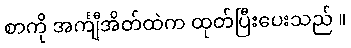
စာကို အင်္ကျီအိတ်ထဲက ထုတ်ပြီးပေးသည် ။